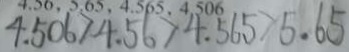
4 . 5 0 6 > 4 . 5 6 > 4 . 5 6 5 > 5 . 6 5